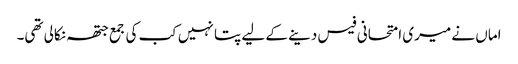
اماں نے میری امتحانی فیس دینے کے لیے پتا نہیں کب کی جمع جتھہ نکالی تھی۔